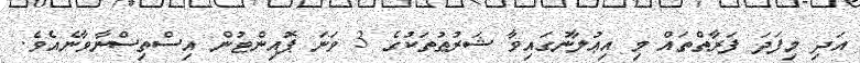
އަދި މިފަދަ ފަރާތްތައް މި އިޢުލާނުގައިވާ ޝަރުޠުތަކުގެ 3 ވަނަ ޕޮއިންޓުން އިސްތިސްނާވާނެއެވެ.